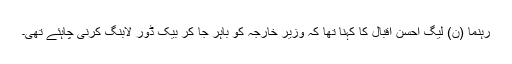
رہنما (ن) لیگ احسن اقبال کا کہنا تھا کہ وزیر خارجہ کو باہر جا کر بیک ڈور لابنگ کرنی چاہئے تھی۔